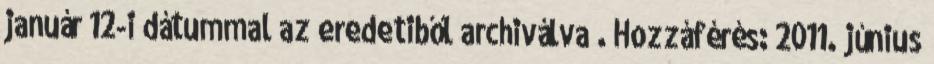
január 12-i dátummal az eredetiből archiválva . Hozzáférés: 2011. június